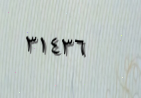
٣١٤٣٦